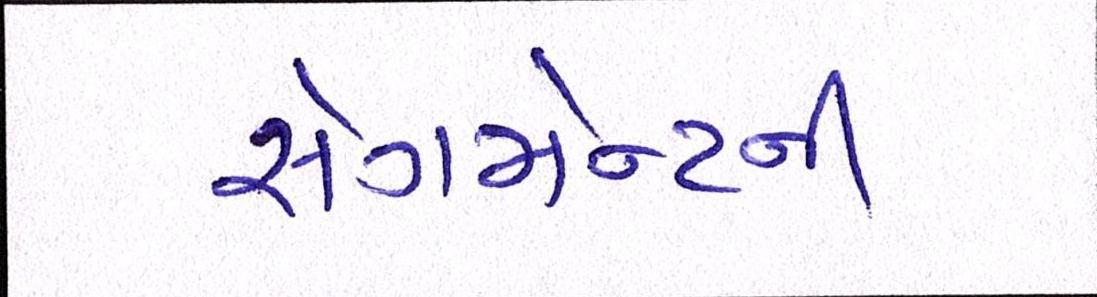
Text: સેગમેન્ટની